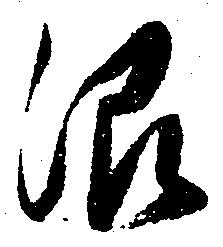
沼